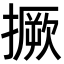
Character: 撅